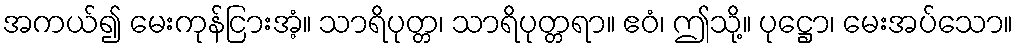
အကယ်၍ မေးကုန်ငြားအံ့။ သာရိပုတ္တ၊ သာရိပုတ္တရာ။ ဧဝံ၊ ဤသို့။ ပုဋ္ဌော၊ မေးအပ်သော။